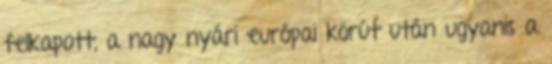
felkapott, a nagy nyári európai körút után ugyanis a